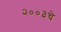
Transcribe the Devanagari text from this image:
२००३चे